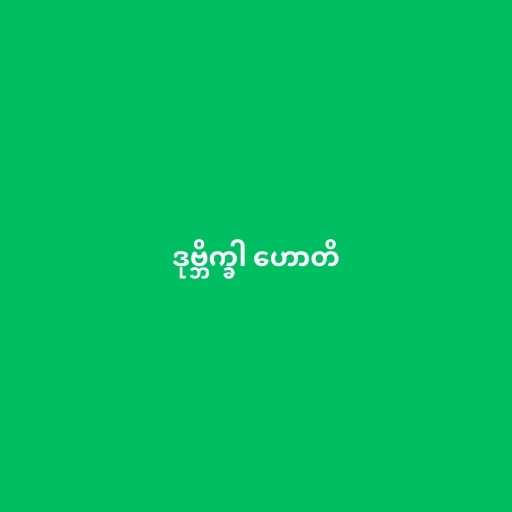
ဒုဗ္ဘိက္ခါ ဟောတိ